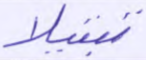
تبتيلا